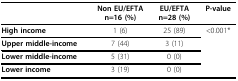
|  | Non EU/EFTAn=16 (%) | EU/EFTAn=28 (%) | P-value |
 | --- | --- | --- | --- |
 | High income | 1 (6) | 25 (89) | <0.001* |
 | Upper middle-income | 7 (44) | 3 (11) |  |
 | Lower middle-income | 5 (31) | 0 (0) |  |
 | Lower income | 3 (19) | 0 (0) |  |